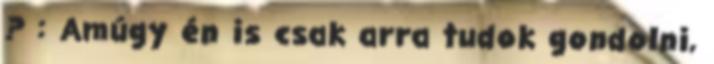
? : Amúgy én is csak arra tudok gondolni,